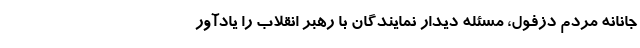
جانانه مردم دزفول، مسئله دیدار نمایندگان با رهبر انقلاب را یادآور